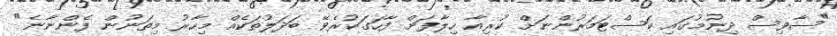
"ސާވިސް ދިނުމުގައި ކަސްޓަމަރުންނަށް ކުރިއާ ހިލާފަށް ފާހަގަކުރެވޭ ބަދަލުތަކެއް މިހާރު މިތަނުން ފެންނާނެ"